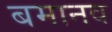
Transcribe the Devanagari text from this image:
बमानव